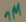
Text: 1M